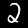
Digit: 2